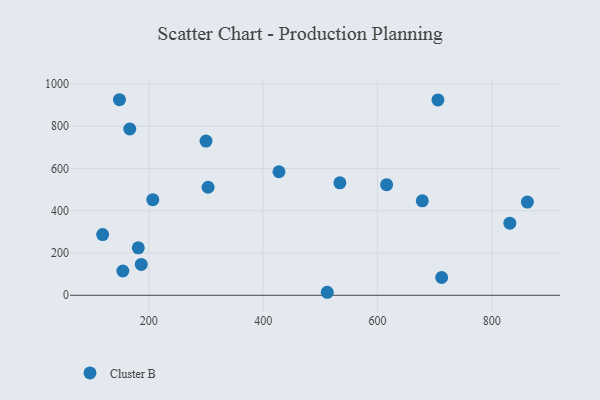
{"axis": {"x": "Engine Size", "y": "Yield"}, "legend": ["Cluster B"], "data": [{"x": "206.9", "y": 452.4, "type": "Cluster B"}, {"x": "678.5", "y": 446.8, "type": "Cluster B"}, {"x": "166.6", "y": 786.6, "type": "Cluster B"}, {"x": "831.7", "y": 341.0, "type": "Cluster B"}, {"x": "186.7", "y": 146.0, "type": "Cluster B"}, {"x": "862.4", "y": 441.1, "type": "Cluster B"}, {"x": "154.5", "y": 114.8, "type": "Cluster B"}, {"x": "148.6", "y": 925.2, "type": "Cluster B"}, {"x": "512.2", "y": 14.2, "type": "Cluster B"}, {"x": "119.1", "y": 287.0, "type": "Cluster B"}, {"x": "300.0", "y": 729.7, "type": "Cluster B"}, {"x": "616.1", "y": 523.4, "type": "Cluster B"}, {"x": "181.5", "y": 224.6, "type": "Cluster B"}, {"x": "303.6", "y": 511.1, "type": "Cluster B"}, {"x": "705.9", "y": 924.4, "type": "Cluster B"}, {"x": "712.4", "y": 84.1, "type": "Cluster B"}, {"x": "427.7", "y": 584.5, "type": "Cluster B"}, {"x": "534.3", "y": 532.0, "type": "Cluster B"}]}